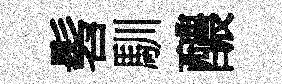
髫馴醲